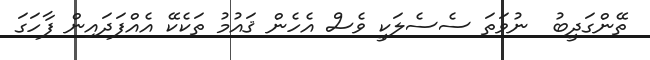
ތޭންގަދީބު  ނުވަތަ ސެސެލަކީ ވެސް އެހެން ޤައުމު ތަކެކޭ އެއްފަދައިން ފާހަގަ